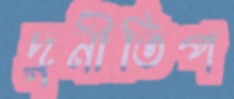
দুর্নীতিপ